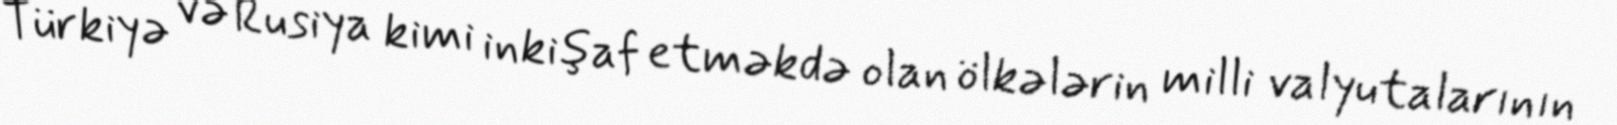
Türkiyə və Rusiya kimi inkişaf etməkdə olan ölkələrin milli valyutalarının